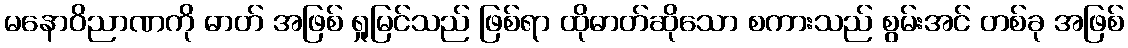
မနောဝိညာဏကို ဓာတ် အဖြစ် ရှုမြင်သည် ဖြစ်ရာ ထိုဓာတ်ဆိုသော စကားသည် စွမ်းအင် တစ်ခု အဖြစ်